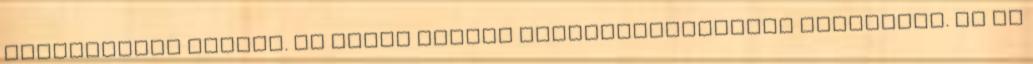
rövidebbnek tűnnek. Az AXION minden munkakörülményhez megfelelő. Az új